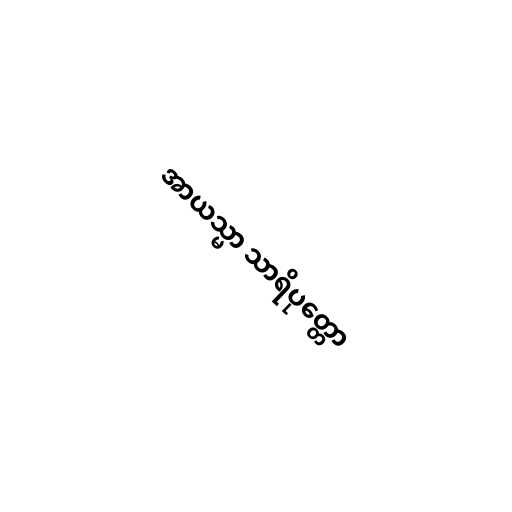
အာယသ္မာ သာရိပုတ္တော